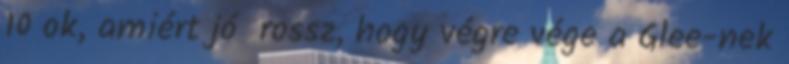
10 ok, amiért jó rossz, hogy végre vége a Glee-nek